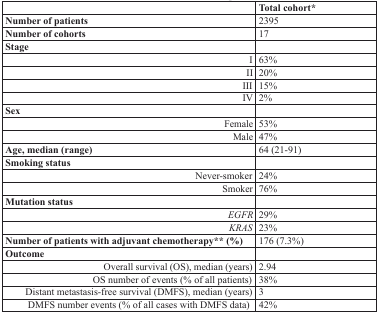
<table><thead><tr><td></td><td><b>Total cohort*</b></td></tr></thead><tbody><tr><td><b>Number of patients</b></td><td>2395</td></tr><tr><td><b>Number of cohorts</b></td><td>17</td></tr><tr><td><b>Stage</b></td><td></td></tr><tr><td>I</td><td>63%</td></tr><tr><td>II</td><td>20%</td></tr><tr><td>III</td><td>15%</td></tr><tr><td>IV</td><td>2%</td></tr><tr><td><b>Sex</b></td><td></td></tr><tr><td>Female</td><td>53%</td></tr><tr><td>Male</td><td>47%</td></tr><tr><td><b>Age, median (range)</b></td><td>64 (21-91)</td></tr><tr><td><b>Smoking status</b></td><td></td></tr><tr><td>Never-smoker</td><td>24%</td></tr><tr><td>Smoker</td><td>76%</td></tr><tr><td><b>Mutation status</b></td><td></td></tr><tr><td><i>EGFR</i></td><td>29%</td></tr><tr><td><i>KRAS</i></td><td>23%</td></tr><tr><td><b>Number of patients with adjuvant chemotherapy** (%)</b></td><td>176 (7.3%)</td></tr><tr><td><b>Outcome</b></td><td></td></tr><tr><td>Overall survival (OS), median (years)</td><td>2.94</td></tr><tr><td>OS number of events (% of all patients)</td><td>38%</td></tr><tr><td>Distant metastasis-free survival (DMFS), median (years)</td><td>3</td></tr><tr><td>DMFS number events (% of all cases with DMFS data)</td><td>42%</td></tr></tbody></table>